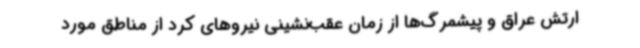
ارتش عراق و پیشمرگ‌ها از زمان عقب‌نشینی نیروهای کرد از مناطق مورد